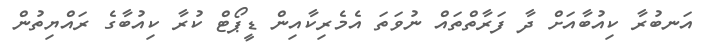
އަނބުރާ ކިއުބާއަށް ދާ ފަރާތްތައް ނުވަތަ އެމެރިކާއިން ޑީޕޯޓް ކުރާ ކިއުބާގެ ރައްޔިތުން